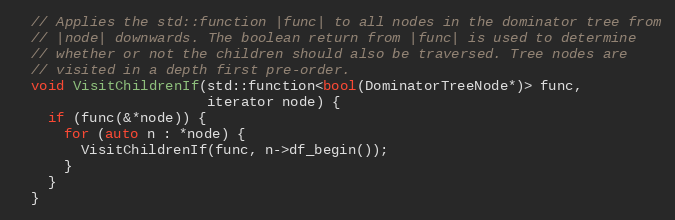
Language: C
  // Applies the std::function |func| to all nodes in the dominator tree from
  // |node| downwards. The boolean return from |func| is used to determine
  // whether or not the children should also be traversed. Tree nodes are
  // visited in a depth first pre-order.
  void VisitChildrenIf(std::function<bool(DominatorTreeNode*)> func,
                       iterator node) {
    if (func(&*node)) {
      for (auto n : *node) {
        VisitChildrenIf(func, n->df_begin());
      }
    }
  }